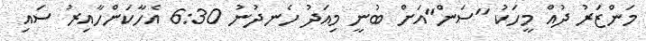
މަންޒަރު ދުއް މީހަކު "ސަން"އަށް ބުނީ މިއަދު ހެނދުނު 6:30 އެހާކަންހާއިރު ސައި